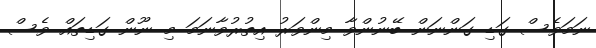
ނަމަވެސް ގަޑި ގަންނަން ބޭނުންވާ މިންވަރު އިތުރުވާނަމަ މި ނޫން ގަޑިތައް ވެސް